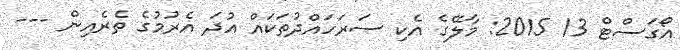
އޯގަސްޓް 13 2015: މާލޭގެ އެކި ސަރަހައްދުތަކައް އުދަ އެރުމުގެ ތެރެއިން ---